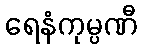
ရေနံကုမ္ပဏီ